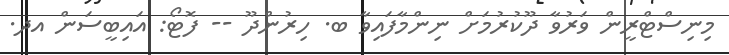
މިނިސްޓްރީން ވަރުވާ ދޫކުރުމަށް ނިންމާފައިވާ ބ. ހިރުންދޫ -- ފޮޓޯ: އައިބީސަން އދ.